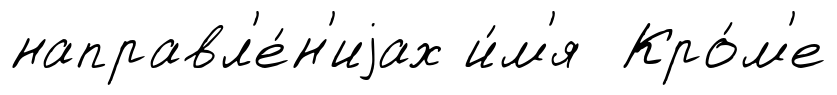
направл'е́н'иjах и́м'я Кро́м'е